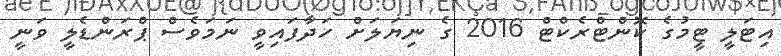
އިޓަލީ ޓީމުގެ ކޮންޓްރެކްޓް 2016 ގެ ނިޔަލަށް ހަދާފައިވީ ނަމަވެސް ޕްރަންޑެލީ ވަނީ